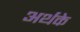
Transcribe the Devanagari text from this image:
अर्थके